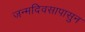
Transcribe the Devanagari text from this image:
जन्मदिवसापासुन